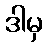
ဒါမှ